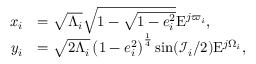
\begin{array} { r l } { x _ { i } } & { = \sqrt { \Lambda _ { i } } \sqrt { 1 - \sqrt { 1 - e _ { i } ^ { 2 } } } \mathrm { E } ^ { j \varpi _ { i } } , } \\ { y _ { i } } & { = \sqrt { 2 \Lambda _ { i } } \left( 1 - e _ { i } ^ { 2 } \right) ^ { \frac { 1 } { 4 } } \sin ( \mathcal { I } _ { i } / 2 ) \mathrm { E } ^ { j \Omega _ { i } } , } \end{array}